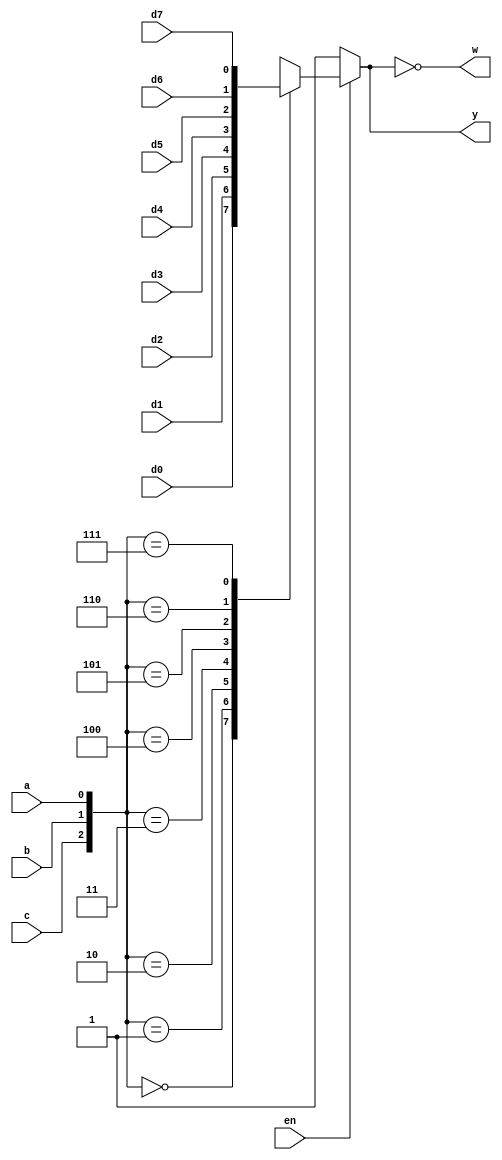
// 8-line to 1-line data selector/multiplexer.
// Based on the 7400-series integrated circuits used in my programable-8-bit-microprocessor.
   
module jeff_74x151_behavioral(
    input                d0,                  // DATA IN
    input                d1,                  // 
    input                d2,                  // 
    input                d3,                  // 
    input                d4,                  // 
    input                d5,                  // 
    input                d6,                  // 
    input                d7,                  // 
    input                a,                   // SELECT
    input                b,                   // 
    input                c,                   // 
    input                en,                  // ENABLE
    output reg           y,                   // DATA OUT
    output               w                    // INVERTED OUTPUT
);

    assign w = ~y;

    // ALWAYS BLOCK with NON-BLOCKING PROCEDURAL ASSIGNMENT STATEMENT
    always @ ( * ) begin
        if (en) begin
            case({c,b,a})
                3'b000 : y <= d0;
                3'b001 : y <= d1;
                3'b010 : y <= d2;
                3'b011 : y <= d3;
                3'b100 : y <= d4;
                3'b101 : y <= d5;
                3'b110 : y <= d6;
                3'b111 : y <= d7;
            endcase
        end else begin
            y <= 1'b1;
        end
    end

endmodule